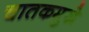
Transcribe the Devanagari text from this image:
चातकमुखे